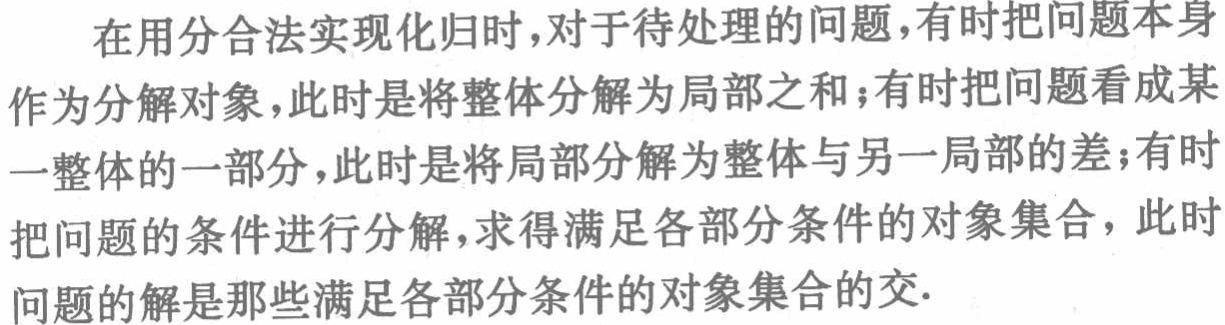
在用分合法实现化归时,对于待处理的问题,有时把问题本身作为分解对象,此时是将整体分解为局部之和;有时把问题看成某一整体的一部分,此时是将局部分解为整体与另一局部的差;有时把问题的条件进行分解,求得满足各部分条件的对象集合,此时问题的解是那些满足各部分条件的对象集合的交.